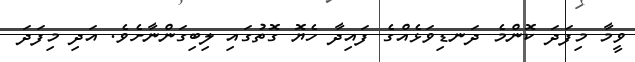
ވީމާ މިފަދަ ކޮންމެ ދަނޑިވަޅެއްގެ ފައިދާ ހެޔޮ ގޮތުގައި ލިބިގަންނާށެވެ. އަދި މިފަދަ